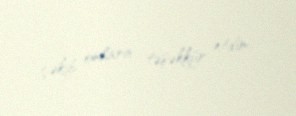
çəkib onlara təşəkkür etdim.